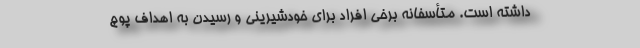
داشته است. متأسفانه برخی افراد برای خودشیرینی و رسیدن به اهداف پوچ